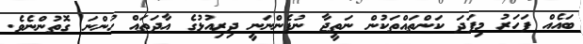
ބައެއް ފަހަރު މިފަދަ ކަންތައްތަކުން ނަތީޖާ ނުފެންނަނީ ދިރިއުޅުގެ އާދަތައް ހުންނަ ގޮތުންނެވެ.